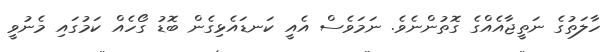
ހާލަތުގެ ނަތީޖާއެއްގެ ގޮތުންނެވެ. ނަމަވެސް އެއީ ކަނޑައެޅިގެން ބޮޑު ގޯހެއް ކަމުގައި މެނުވީ